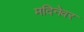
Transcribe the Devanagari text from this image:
मदिनेवर